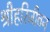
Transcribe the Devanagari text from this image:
श्रीहरिजीवन